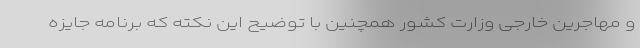
و مهاجرین خارجی وزارت کشور همچنین با توضیح این نکته که برنامه جایزه